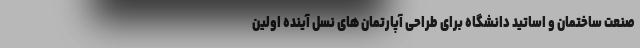
صنعت ساختمان و اساتید دانشگاه برای طراحی آپارتمان های نسل آینده اولین